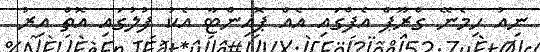
ނިއު ހިމެނޭ ގްރޫޕް އެފްގައި އެއް ޕޮއިންޓާ އެކު ފުލުގައި އޮތް އިރު